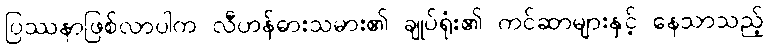
ပြဿနာဖြစ်လာပါက လီဟန်ဓားသမား၏ ချုပ်ရုံး၏ ကင်ဆာများနှင့် နေသာသည့်